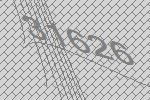
31626